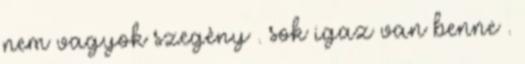
nem vagyok szegèny . sok igaz van benne .